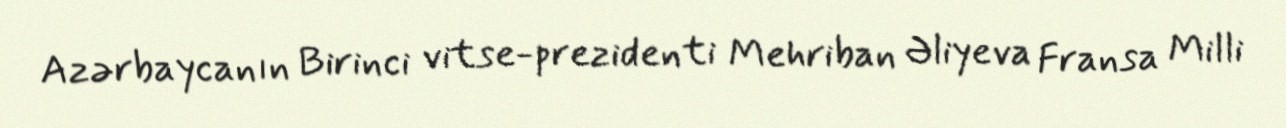
Azərbaycanın Birinci vitse-prezidenti Mehriban Əliyeva Fransa Milli